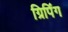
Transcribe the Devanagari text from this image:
ग्रिपिंग